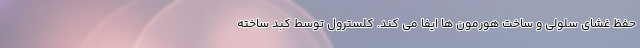
حفظ غشای سلولی و ساخت هورمون ها ایفا می کند. کلسترول توسط کبد ساخته